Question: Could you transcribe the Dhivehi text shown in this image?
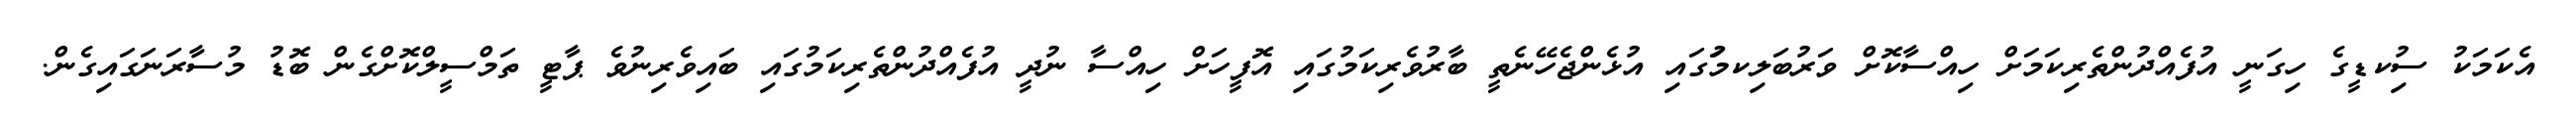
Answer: އެކަމަކު ސިުކޑީގެ ހިގަނީ އުފެއްދުންތެރިކަމަށް ހިއްސާކޮށް ވަރުބަލިކމަުގައި އުޅެންޖެހޭނެތީ ބާރުވެރިކަމުގައި އޮފީހަށް ހިއްސާ ނުދީ އުފެއްދުންތެރިކަމުގައި ބައިވެރިނުވެ ޕާޓީ ތަމްސީލްކޮށްގެން ބޮޑު މުސާރަނަގައިގެން.